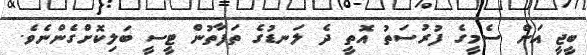
ބީޖީ އަށް ސެމީގެ ފުރުސަތު އޮތީ ދެ ލަނޑުގެ ތަފާތުން ޓީސީ ބަލިކޮށްގެންނެވެ.